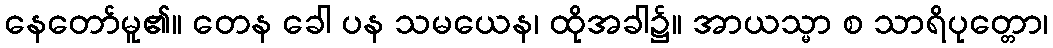
နေတော်မူ၏။ တေန ခေါ ပန သမယေန၊ ထိုအခါ၌။ အာယသ္မာ စ သာရိပုတ္တော၊